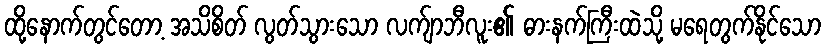
ထို့နောက်တွင်တော့ အသိစိတ် လွတ်သွားသော လက်ျာဘီလူး၏ ဓားနက်ကြီးထဲသို့ မရေတွက်နိုင်သော